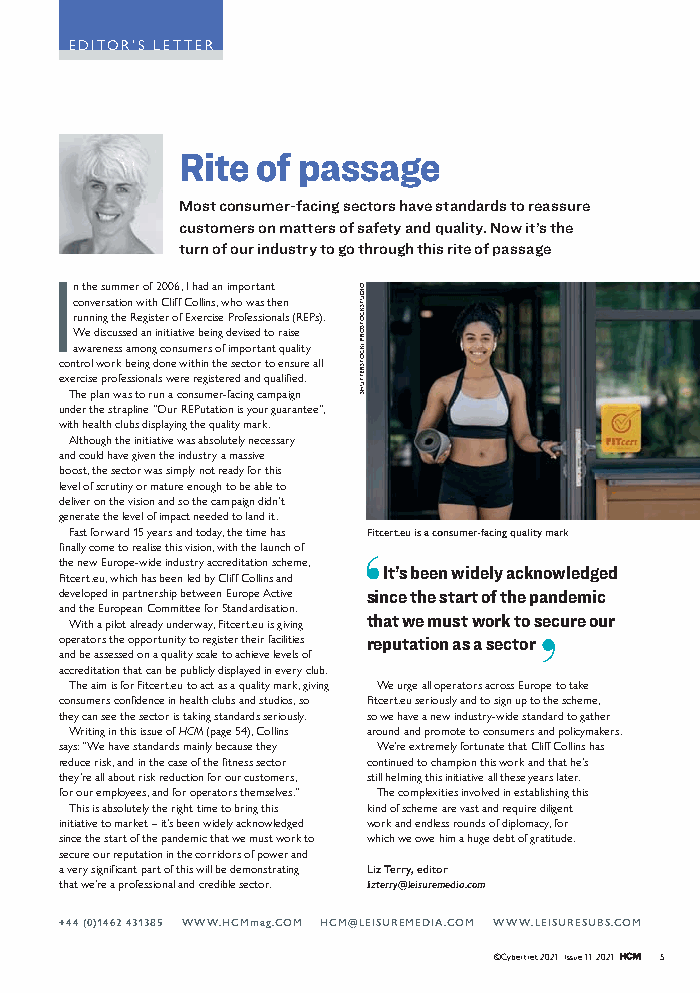
EDITOR’S LETTER
 Rite of passage
 Most consumer-facing sectors have standards to reassure
 customers on matters of safety and quality. Now it’s the
 I       turn of our industry to go through this rite of passage
 n the summer of 2006, I had an important
 conversation with Cliff Collins, who was then
 running the Register of Exercise Professionals (REPs).
 We discussed an initiative being devised to raise
 awareness among consumers of important quality
 control work being done within the sector to ensure all
 exercise professionals were registered and qualified.
 The plan was to run a consumer-facing campaign
 under the strapline “Our REPutation is your guarantee”,
 with health clubs displaying the quality mark.
 Although the initiative was absolutely necessary
 and could have given the industry a massive
 boost, the sector was simply not ready for this
 level of scrutiny or mature enough to be able to
 deliver on the vision and so the campaign didn’t
 generate the level of impact needed to land it.
 Fast forward 15 years and today, the time has Fitcert.eu is a consumer-facing quality mark
 finally come to realise this vision, with the launch of
 the new Europe-wide industry accreditation scheme,
 Fitcert.eu, which has been led by Cliff Collins and It’s been widely acknowledged
 developed in partnership between Europe Active since the start of the pandemic
 and the European Committee for Standardisation.
 With a pilot already underway, Fitcert.eu is giving that we must work to secure our
 operators the opportunity to register their facilities reputation as a sector
 and be assessed on a quality scale to achieve levels of
 accreditation that can be publicly displayed in every club.
 The aim is for Fitcert.eu to act as a quality mark, giving We urge all operators across Europe to take
 consumers confidence in health clubs and studios, so Fitcert.eu seriously and to sign up to the scheme,
 they can see the sector is taking standards seriously. so we have a new industry-wide standard to gather
 Writing in this issue of HCM (page 54), Collins around and promote to consumers and policymakers.
 says: “We have standards mainly because they We’re extremely fortunate that Cliff Collins has
 reduce risk, and in the case of the fitness sector continued to champion this work and that he’s
 they’re all about risk reduction for our customers, still helming this initiative all these years later.
 for our employees, and for operators themselves.” The complexities involved in establishing this
 This is absolutely the right time to bring this kind of scheme are vast and require diligent
 initiative to market – it’s been widely acknowledged work and endless rounds of diplomacy, for
 since the start of the pandemic that we must work to which we owe him a huge debt of gratitude.
 secure our reputation in the corridors of power and
 a very significant part of this will be demonstrating Liz Terry, editor
 that we’re a professional and credible sector. lizterry@leisuremedia.com
 +44 (0)1462 431385 WWW.HCMmag.COM HCM@LEISUREMEDIA.COM WWW.LEISURESUBS.COM
 ©Cybertrek 2021 Issue 11 2021 5
 OIDUTSKCOTSORP
 /KCOTSRETTUHS